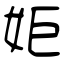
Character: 姖